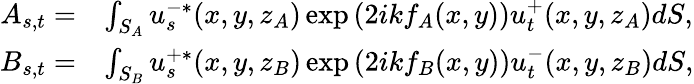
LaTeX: \begin{array}{rl}{A_{s,t}=}&{\int_{S_{A}}u_{s}^{-*}(x,y,z_{A})\exp\left(2ikf_{A}(x,y)\right)u_{t}^{+}(x,y,z_{A})dS,}\\ {B_{s,t}=}&{\int_{S_{B}}u_{s}^{+*}(x,y,z_{B})\exp\left(2ikf_{B}(x,y)\right)u_{t}^{-}(x,y,z_{B})dS,}\end{array}